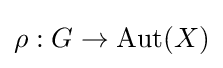
\rho :G\to \mathrm {Aut} (X)